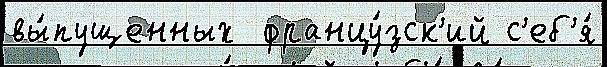
вы́пущенных  францу́зск'ий с'еб'я́